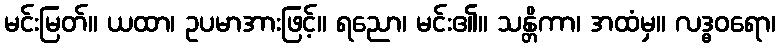
မင်းမြတ်။ ယထာ၊ ဥပမာအားဖြင့်။ ရညော၊ မင်း၏။ သန္တိကာ၊ အထံမှ။ လဒ္ဓဝရော၊